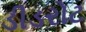
ડીડરોટ